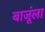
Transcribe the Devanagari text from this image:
बाजूंला